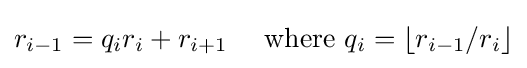
r_{i-1}=q_{i}r_{i}+r_{i+1}\quad {\text{ where }}q_{i}=\lfloor r_{i-1}/r_{i}\rfloor